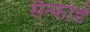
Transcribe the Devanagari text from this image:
सैन्फोर्ड